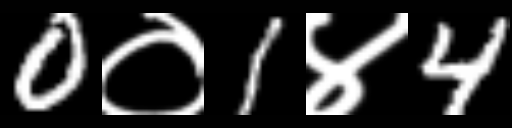
Text: 0०1४4